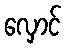
လှောင်